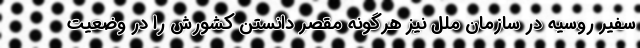
سفیر روسیه در سازمان ملل نیز هرگونه مقصر دانستن کشورش را در وضعیت